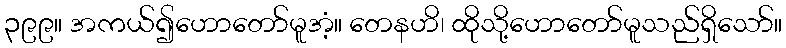
၃၉၉။ အကယ်၍ဟောတော်မူအံ့။ တေနဟိ၊ ထိုသို့ဟောတော်မူသည်ရှိသော်။